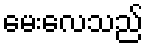
မေးလေသည်